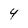
Character: 4